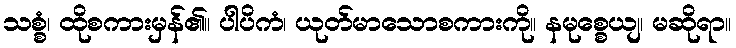
သစ္စံ၊ ထိုစကားမှန်၏။ ပါပိကံ၊ ယုတ်မာသောစကားကို။ နမုစ္စေယျ၊ မဆိုရာ။